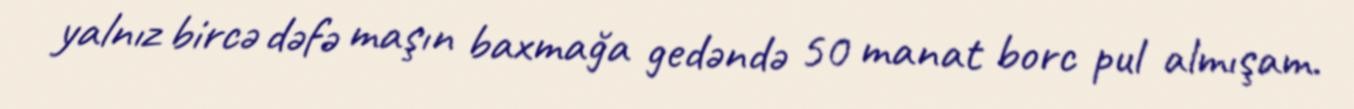
yalnız bircə dəfə maşın baxmağa gedəndə 50 manat borc pul almışam.